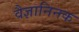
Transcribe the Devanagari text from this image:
वैज्ञानिनक